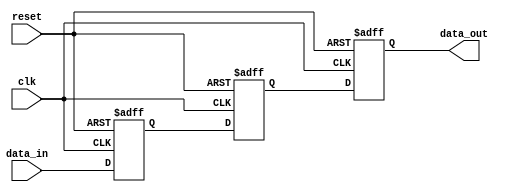
module cascade_synchronizer(
    input wire clk,
    input wire reset,
    input wire data_in,
    output reg data_out
);

reg [2:0] stage1, stage2, stage3;

always @(posedge clk or posedge reset) begin
    if (reset) begin
        stage1 <= 3'b0;
        stage2 <= 3'b0;
        stage3 <= 3'b0;
    end else begin
        stage1 <= data_in;
        stage2 <= stage1;
        stage3 <= stage2;
    end
end

assign data_out = stage3;

endmodule